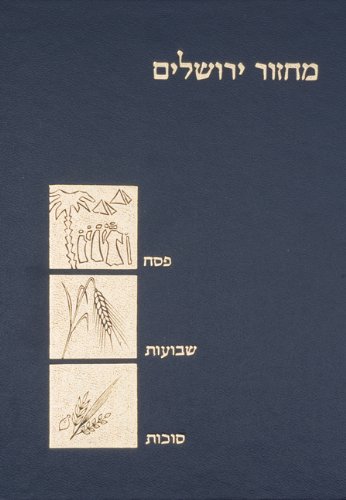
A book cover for The Koren Classic Three Festivals Machzor: A Hebrew Prayerbook for Pesach, Shavuot & Sukkot, Ashkenaz (Hebrew Edition); Koren Publishers Jerusalem; Religion & Spirituality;